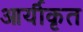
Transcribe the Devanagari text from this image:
आर्यीकृत